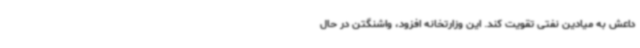
داعش به میادین نفتی تقویت کند. این وزارتخانه افزود، واشنگتن در حال